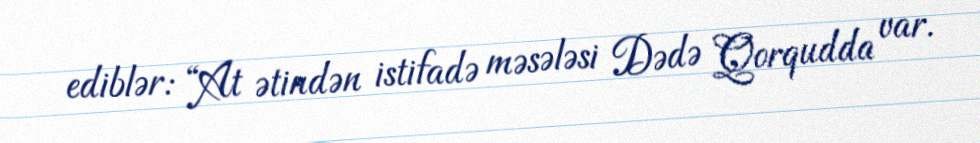
ediblər: “At ətindən istifadə məsələsi Dədə Qorqudda var.